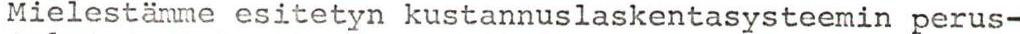
Mielestämme esitetyn kustannuslaskentasysteemin perus-